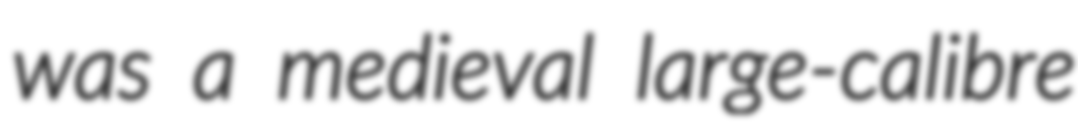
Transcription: was a medieval large-calibre